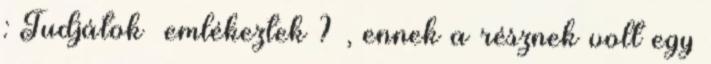
: Tudjátok emlékeztek ? , ennek a résznek volt egy